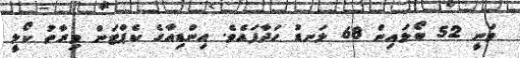
ވަނީ 52 ބޯޅައިން 68 ލަނޑު ހަދާފައެވެ. އިންޑިއާގެ ކެޕްޓަން ވިރާތު ކޯލީ